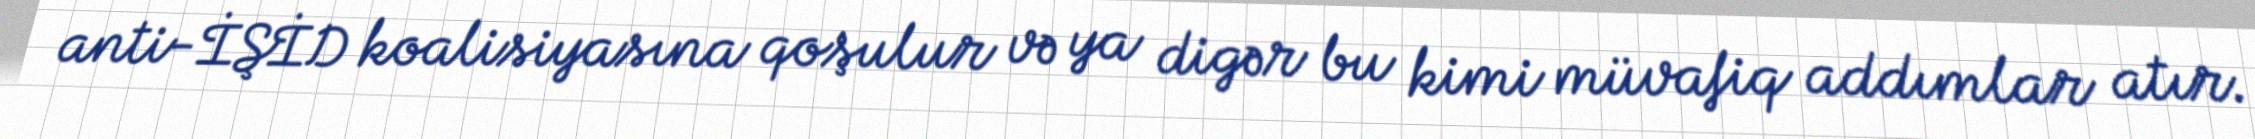
anti-İŞİD koalisiyasına qoşulur və ya digər bu kimi müvafiq addımlar atır.